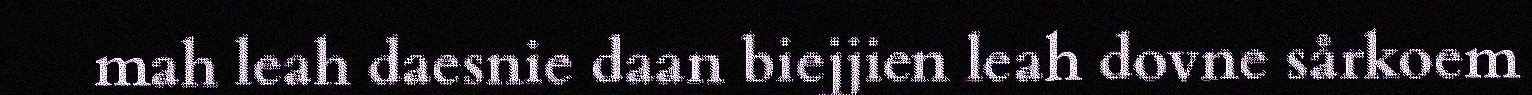
mah leah daesnie daan biejjien leah dovne sårkoem